Vaccination in Bombay 1863-1868 - 1863-1868
Year: 1863
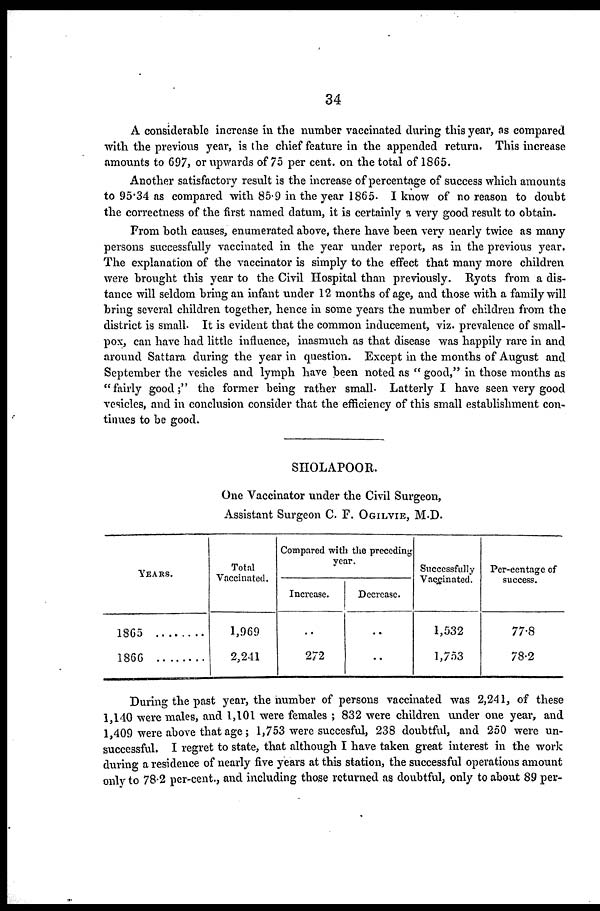
34
A considerable increase in the number vaccinated during this year, as compared
with the previous year, is the chief feature in the appended return. This increase
amounts to 697, or upwards of 75 per cent. on the total of 1865.
Another satisfactory result is the increase of percentage of success which amounts
to 95.34 as compared with 85.9 in the year 1865. I know of no reason to doubt
the correctness of the first named datum, it is certainly a very good result to obtain.
From both causes, enumerated above, there have been very nearly twice as many
persons successfully vaccinated in the year under report, as in the previous year.
The explanation of the vaccinator is simply to the effect that many more children
were brought this year to the Civil Hospital than previously. Ryots from a dis-
tance will seldom bring an infant under 12 months of age, and those with a family will
bring several children together, hence in some years the number of children from the
district is small. It is evident that the common inducement, viz. prevalence of small-
pox, can have had little influence, inasmuch as that disease was happily rare in and
around Sattara during the year in question. Except in the months of August and
September the vesicles and lymph have been noted as " good," in those months as
"fairly good;" the former being rather small. Latterly I have seen very good
vesicles, and in conclusion consider that the efficiency of this small establishment con-
tinues to be good.
SHOLAPOOR.
One Vaccinator under the Civil Surgeon,
Assistant Surgeon C. F. OGILVIE, M. D.
YEARS.
1865
1866 ........
Total
Vaccinated.
1,969
2,241
Compared with the preceding
year.
Increase.
..
272
Decrease.
..
..
Successfully
Vaccinated.
1,532
1,753
Per-centage of
success.
77.8
78.2
During the past year, the number of persons vaccinated was 2,241, of these
1,140 were males, and 1,101 were females ; 832 were children under one year, and
1,409 were above that age; 1,753 were succesful, 238 doubtful, and 250 were un-
successful. I regret to state, that although I have taken great interest in the work
during a residence of nearly five years at this station, the successful operations amount
only to 78.2 per-cent., and including those returned as doubtful, only to about 89 per-